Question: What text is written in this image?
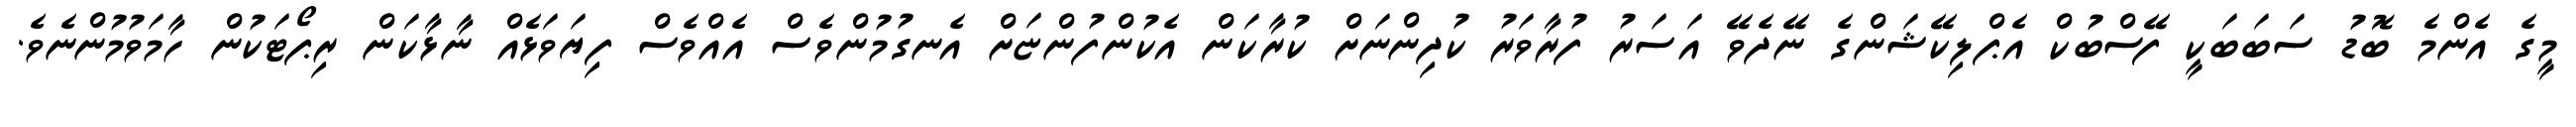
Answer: މީގެ އެންމެ ބޮޑު ސަބަބަކީ ފޭސްބުކް އެޕްލިކޭޝަންގެ ނޭދެވޭ އަސަރު ފުރާވަރު ކުދިންނަށް ކުރާކަން އެކުންފުންޏަށް އެނގުމުންވެސް އެއްވެސް ފިޔަވަޅެއް ނާޅާކަން ރިޕޯޓަކުން ހާމަވުމުންނެވެ.